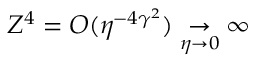
Z ^ { 4 } = O ( \eta ^ { - 4 \gamma ^ { 2 } } ) \underset { \eta \to 0 } \to \infty